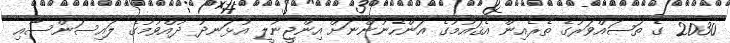
2030 ގެ ތަޞައްވަރުގެ ތެރެއިން އެޤައުމުގެ އަންހެނުންނަށް އިންޖީނުލީ އުޅަނދު ދުއްވުމުގެ ލައިސަންސާއި